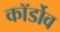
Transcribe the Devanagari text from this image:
कॉर्डोव